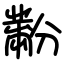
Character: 黺